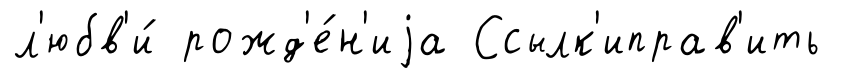
л'юбв'и́ рожд'е́н'иjа Ссылк'иправ'ить